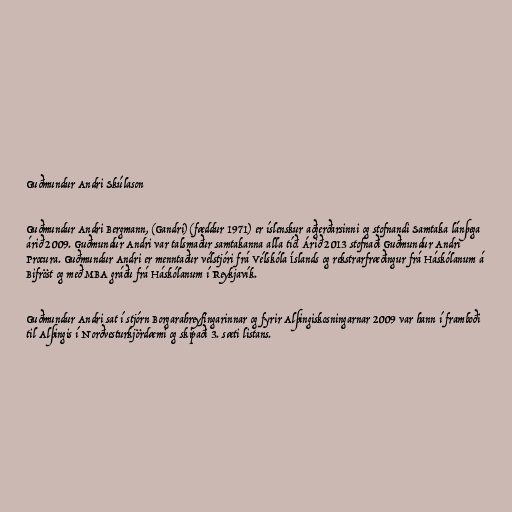
Guðmundur Andri Skúlason

Guðmundur Andri Bergmann, (Gandri) (fæddur 1971) er íslenskur aðgerðarsinni og stofnandi Samtaka lánþega
árið 2009. Guðmundur Andri var talsmaður samtakanna alla tíð. Árið 2013 stofnaði Guðmundur Andri
Procura. Guðmundur Andri er menntaður vélstjóri frá Vélskóla Íslands og rekstrarfræðingur frá Háskólanum á
Bifröst og með MBA gráðu frá Háskólanum í Reykjavík.

Guðmundur Andri sat í stjórn Borgarahreyfingarinnar og fyrir Alþingiskosningarnar 2009 var hann í framboði
til Alþingis í Norðvesturkjördæmi og skipaði 3. sæti listans.